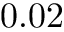
0 . 0 2